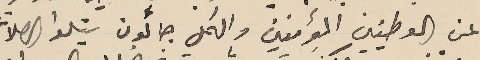
عن الوطنيين المؤمنين والكل جائون يتلوا الصلات